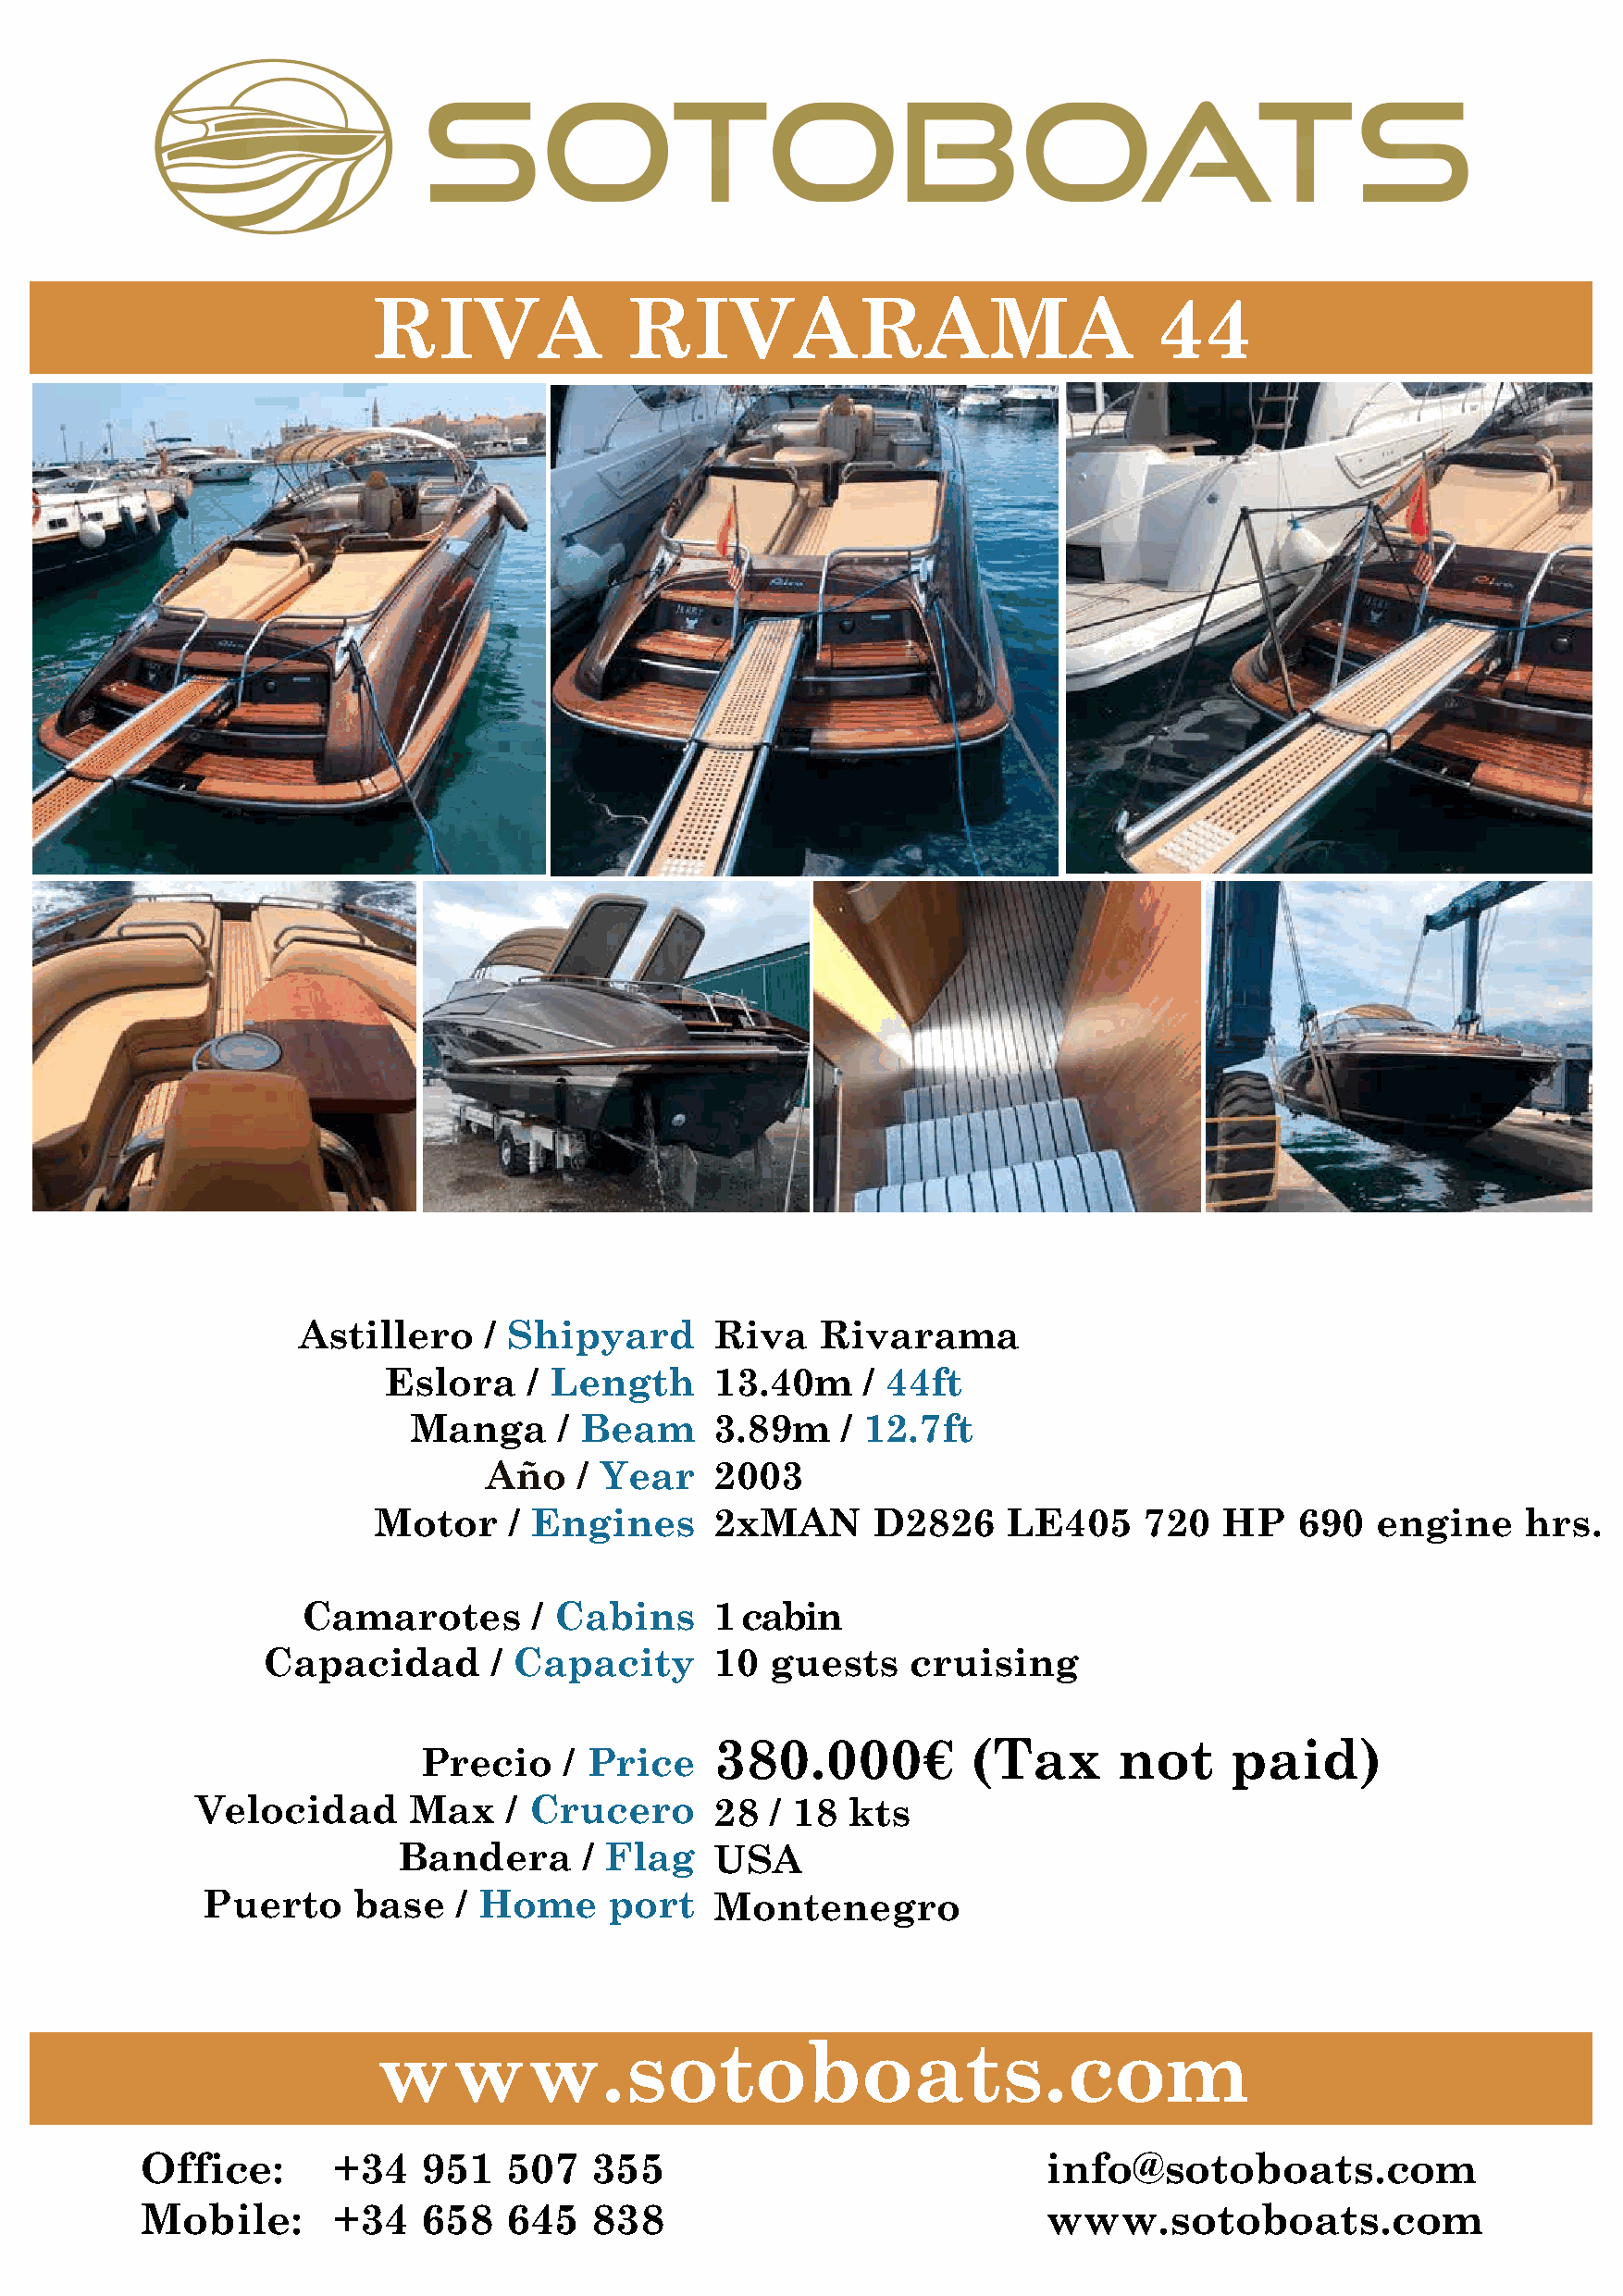
RIVA               RIVARAMA                              44
 Astillero     / Shipyard      Riva    Rivarama
 Eslora    / Length     13.40m     / 44ft
 Manga      / Beam     3.89m    / 12.7ft
 Año   / Year    2003
 Motor    / Engines      2xMAN      D2826     LE405     720  HP    690  engine     hrs.
 Camarotes       / Cabins     1 cabin
 Capacidad       / Capacity      10  guests    cruising
 380.000€          (Tax       not     paid)
 Precio    / Price
 Velocidad      Max    / Crucero      28  / 18  kts
 Bandera       / Flag   USA
 Puerto     base    / Home     port   Montenegro
 www.sotoboats.com
 Office:       +34   951   507   355                              info@sotoboats.com
 Mobile:       +34   658   645   838                              www.sotoboats.com